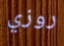
روزي